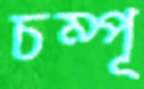
চম্পূ